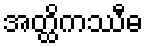
အတ္ထိကဿီဓ